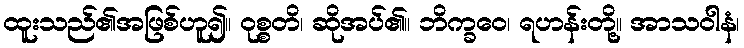
ထူးသည်၏အဖြစ်ဟူ၍။ ဝုစ္စတိ၊ ဆိုအပ်၏။ ဘိက္ခဝေ၊ ရဟန်းတို့။ အာသဝါနံ၊